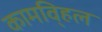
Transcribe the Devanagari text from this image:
कामवि्हल